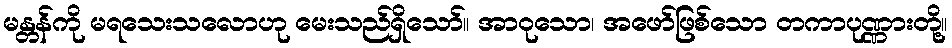
မန္တန်ကို မရသေးသလောဟု မေးသည်ရှိသော်။ အာဝုသော၊ အဖော်ဖြစ်သော တကာပုဏ္ဏားတို့။